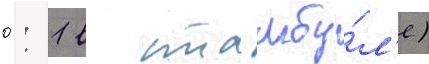
0: 1 в стамбу́л'е)